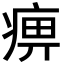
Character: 痹